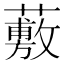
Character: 𧀮